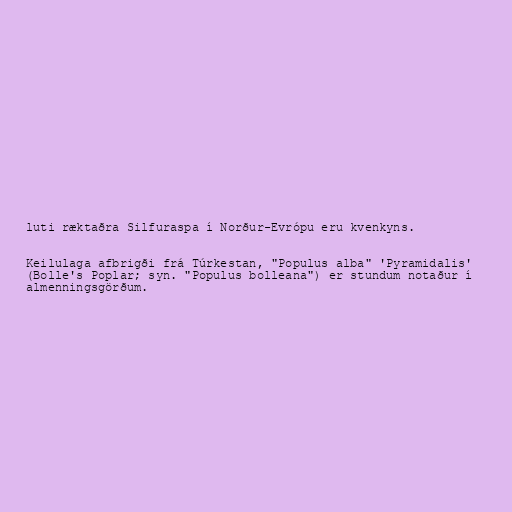
luti ræktaðra Silfuraspa í Norður-Evrópu eru kvenkyns.

Keilulaga afbrigði frá Túrkestan, "Populus alba" 'Pyramidalis'
(Bolle's Poplar; syn. "Populus bolleana") er stundum notaður í
almenningsgörðum.